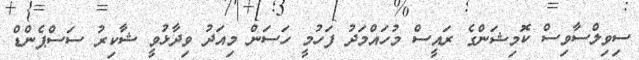
ސިވިލްސާވިސް ކޮމިޝަންގެ ރައީސް މުހައްމަދު ފަހުމީ ހަސަން މިއަދު ވިދާޅުވީ ޝާކިރު ސަސްޕެންޑް